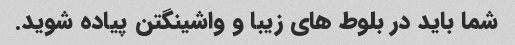
شما باید در بلوط های زیبا و واشینگتن پیاده شوید.